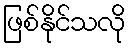
ဖြစ်နိုင်သလို